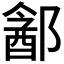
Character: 𬪓